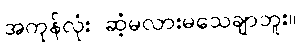
အကုန်လုံး ဆံ့မလားမသေချာဘူး။